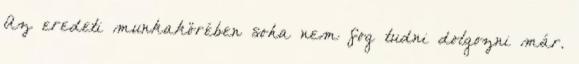
Az eredeti munkakörében soha nem fog tudni dolgozni már.